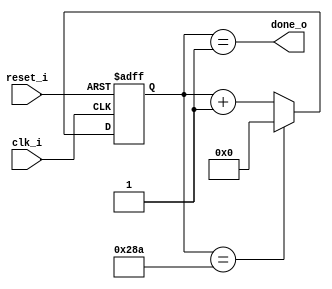
module baud_rate_gen
  #(parameter FINAL_DIVSR = 650)
	 (output 		done_o,
	  input 		clk_i,
	  input 		reset_i);

	reg [10:0] count;
	reg [10:0] count_next;
	
	always@(posedge clk_i , posedge reset_i) begin
		if(reset_i) 
			count <= 11'b0;
		else 
			count <= count_next;	
	end 
	
    assign count_next = (count == FINAL_DIVSR) ? 0 : count + 1'b1;
	assign done_o     = (count == 11'd1);
	  
endmodule